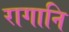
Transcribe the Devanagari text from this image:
रागानि